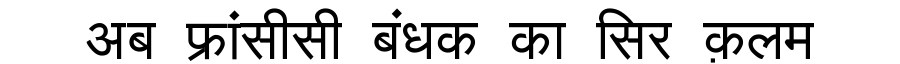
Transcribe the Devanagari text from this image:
अब फ्रांसीसी बंधक का सिर क़लम